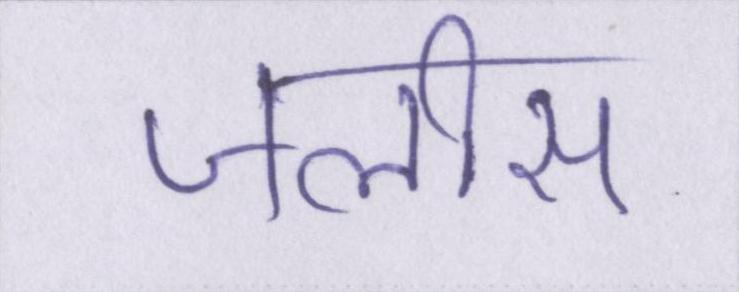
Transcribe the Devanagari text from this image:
जलीस